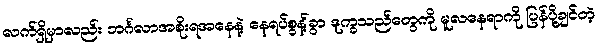
လက်ရှိမှာလည်း ဘင်္ဂလာအစိုးရအနေနဲ့ နေရပ်စွန့်ခွာ ဒုက္ခသည်တွေကို မူလနေရာကို ပြန်ပို့ချင်တဲ့